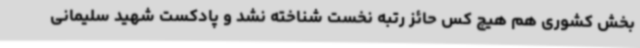
بخش کشوری هم هیچ کس حائز رتبه نخست شناخته نشد و پادکست‌ شهید سلیمانی